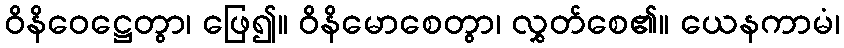
ဝိနိဝေဋ္ဌေတွာ၊ ဖြေ၍။ ဝိနိမောစေတွာ၊ လွှတ်စေ၏။ ယေနကာမံ၊